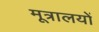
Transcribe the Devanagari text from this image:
मूत्रालयों